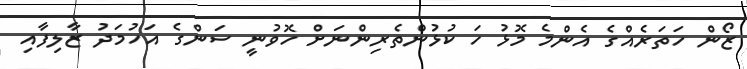
ޒޯން ހަތަރެއްގެ އެންމެ މޮޅު ހަ ކުޅުންތެރިންނަށް ހޮވުނީ ސަންގެ އަހުމަދު ޒާލިފާއި